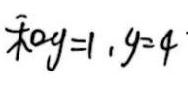
$x + 0y = 1, y = 4$